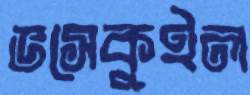
ভসেকুইল